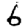
Digit: 6